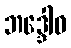
ဘဒ္ဒေါဝ